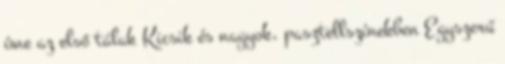
íme az első tálak Kicsik és nagyok, pasztellszínekben Egyszerű